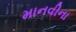
માનવીના